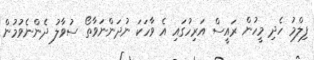
ފިލްމު ހެދި މީހުން ރައީސް އަރިހުގައި އެ ވާހަކަ ނުދަންނަވާތޯ ސުވާލު ދެންނެވުމުން